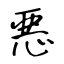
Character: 悪